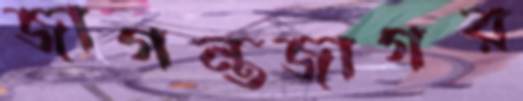
জাগন্তজাগর